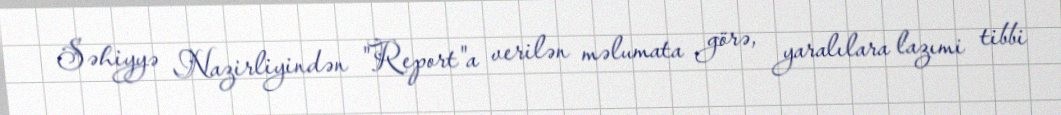
Səhiyyə Nazirliyindən "Report"a verilən məlumata görə, yaralılara lazımi tibbi